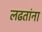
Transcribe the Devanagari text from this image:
लढतांना